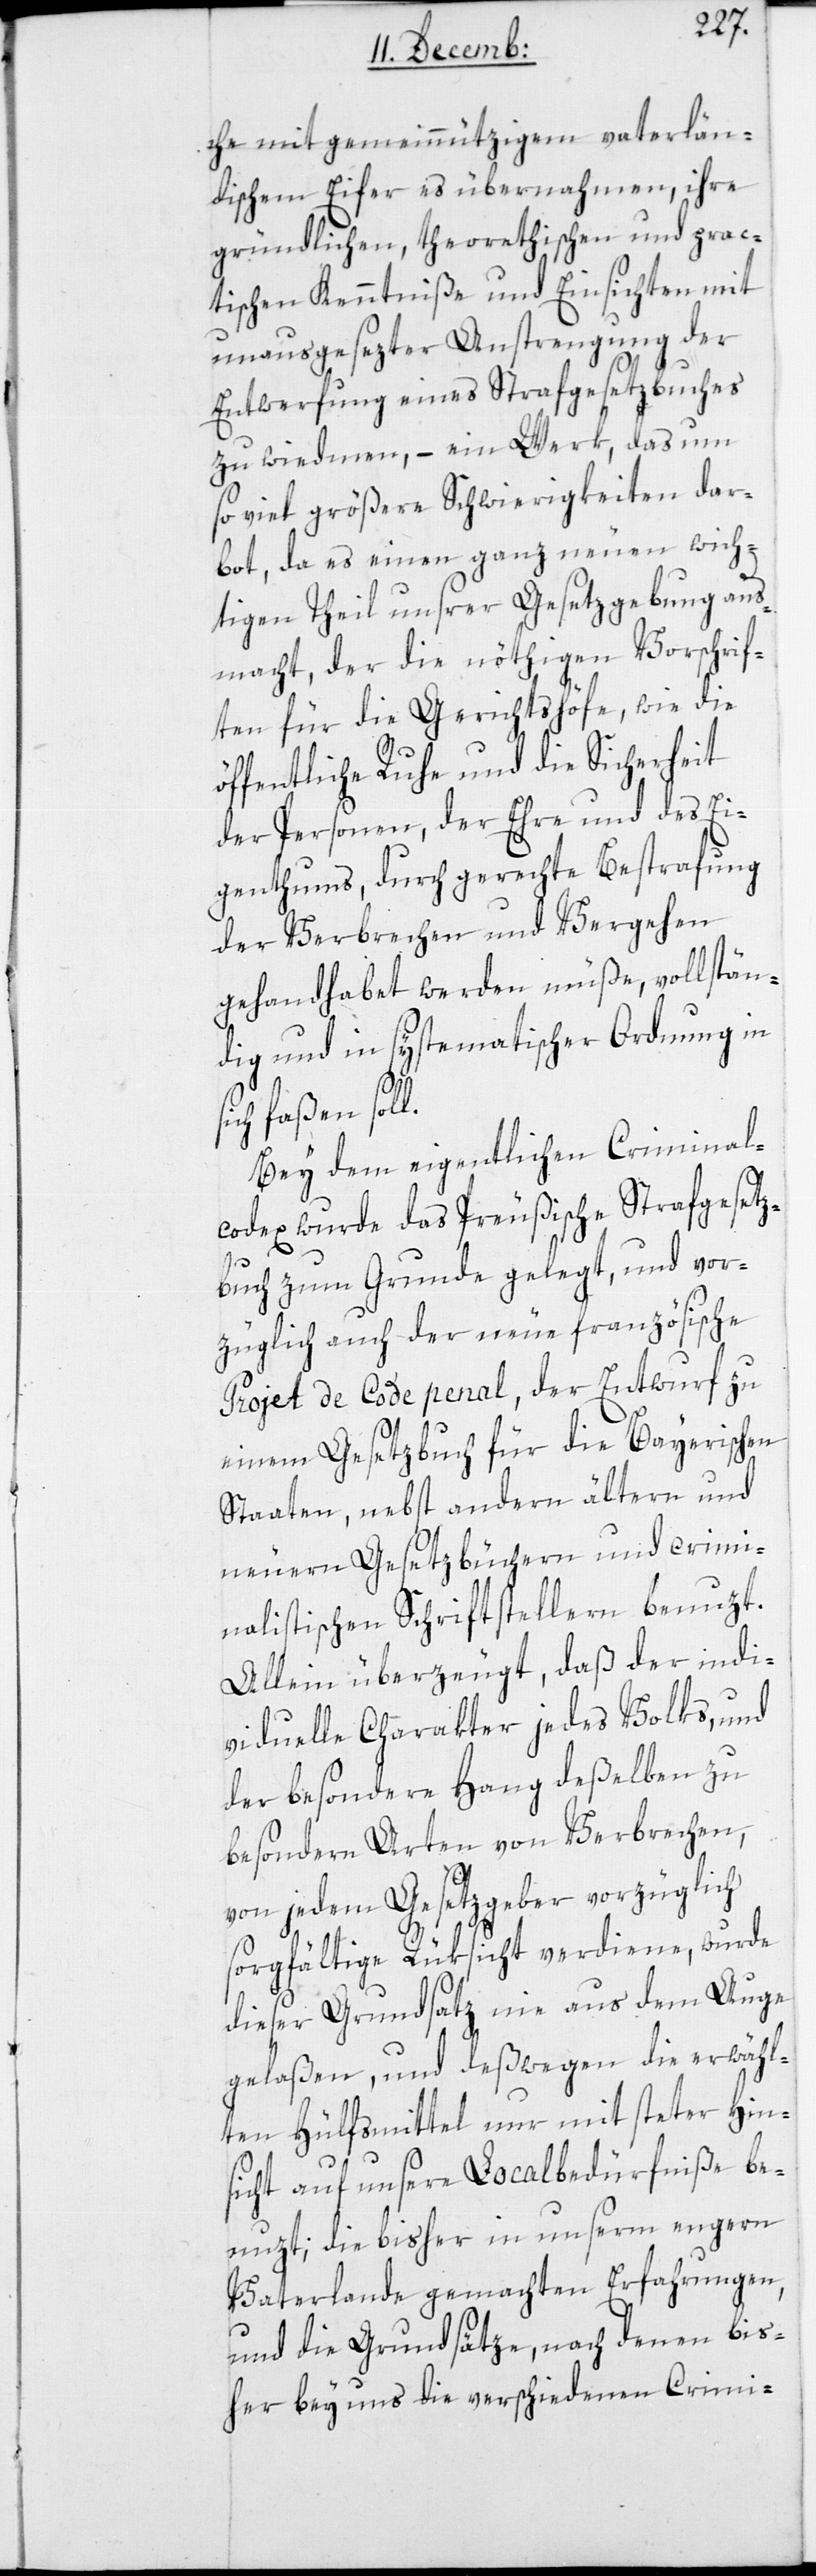
che mit gemeinnützigem vaterlän¬
dischem Eifer es übernahmen, ihre
gründlichen, theoretischen und prac¬
tischen Kenntniße und Einsichten mit
unausgesezter Anstrengung der
Entwerfung eins Strafgesetzbuches
zu widmen, – ein Werk, das um
so viel größere Schwierigkeiten dar¬
bot, da es einen ganz neuen wich¬
tigen Theil unsrer Gesetzgebung aus¬
macht, der die nöthigen Vorschrif¬
ten für die Gerichtshöfe, wie die
öffentliche Ruhe und die Sicherheit
der Personen, der Ehre und des Ei¬
genthums, durch gerechte Bestrafung
der Verbrechen und Vergehen
gehandhabt werden müße, vollstän¬
dig und in systematischer Ordnung in
sich faßen soll.
Bei dem eigentlichen Criminal¬
codex wurde das Preußische Strafgesetz¬
buch zum Grunde gelegt, und vor¬
züglich auch der neue französische
Projet de Code penal, der Entwurf zu
einem Gesetzbuch für die Bayerischen
Staaten, nebst andern ältern und
neuern Gesetzbüchern und crimi¬
nalistischen Schriftstellern benuzt.
Allein überzeugt, daß der indi¬
viduelle Charakter jedes Volks, und
der besondere Hang deßelben zu
besondern Arten von Verbrechen,
von jedem Gesetzgeber vorzüglich
sorgfältige Rüksicht verdiene, wurde
dieser Grundsatz nie aus dem Auge
gelaßen, und deswegen die erwähl¬
ten Hülfsmittel nur mit steter Hin¬
sicht auf unsere Localbedürfniße be¬
nuzt, die bisher in unserm engern
Vaterlande gemachten Erfahrungen,
und die Grundsätze, nach denen bis¬
her bey uns die verschiedenen Crimi-